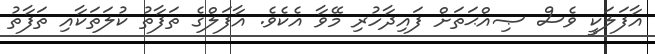
އާފަލަކީ ވެސް ޞިއްޙަތަށް ފައިދާހުރި މޭވާ އެކެވެ. އާފަލްގެ ތަފާތު ކުލަތަކާއި ތަފާތު